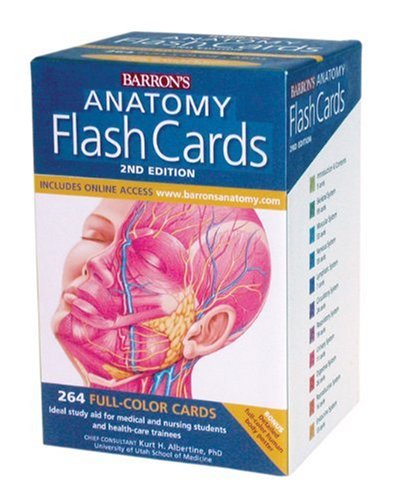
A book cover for Barron's Anatomy Flash Cards, 2nd Edition; Kurt Albertine Ph.D.; Test Preparation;